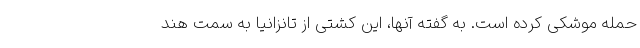
حمله موشکی کرده است. به گفته آنها، این کشتی از تانزانیا به سمت هند